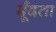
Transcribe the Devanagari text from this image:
मूँदता